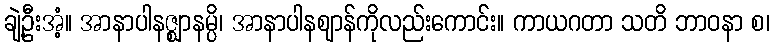
ချဲ့ဦးအံ့။ အာနာပါနဇ္ဈာနမ္ပိ၊ အာနာပါနဈာန်ကိုလည်းကောင်း။ ကာယဂတာ သတိ ဘာဝနာ စ၊